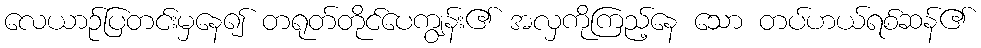
လေယာဉ်ပြတင်းမှနေ၍ တရုတ်တိုင်ပေကျွန်း၏ အလှကိုကြည့်နေ သော တပ်ဟယ်ရစ်ဆန်၏